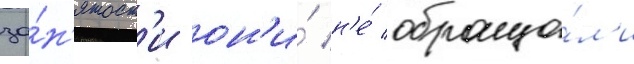
за́н'ятост'и он'и́ н'е́ обраща́л'и